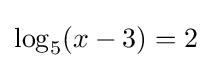
\log _{5}(x-3)=2